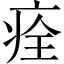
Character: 痊